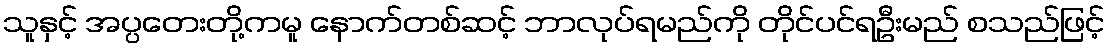
သူနှင့် အပ္ပတေးတို့ကမူ နောက်တစ်ဆင့် ဘာလုပ်ရမည်ကို တိုင်ပင်ရဦးမည် စသည်ဖြင့်